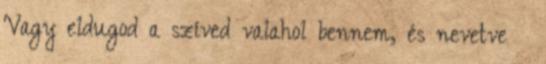
Vagy eldugod a szíved valahol bennem, és nevetve